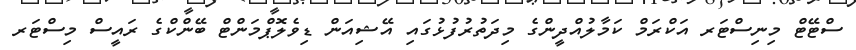
ސްޓޭޓް މިނިސްޓަރ އަކްރަމް ކަމާލުއްދީންގެ މިދަތުރުފުޅުގައި އޭޝިއަން ޑިވެލޮޕްމަންޓް ބޭންކްގެ ރައީސް މިސްޓަރ